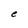
Character: e